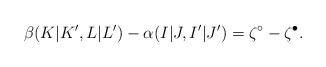
LaTeX: \begin{align*} \beta(K|K',L|L')-\alpha(I|J,I'|J')=\zeta^\circ- \zeta^\bullet. \end{align*}